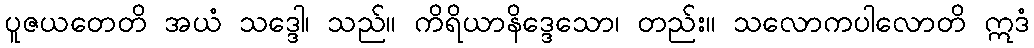
ပူဇယတေတိ အယံ သဒ္ဒေါ၊ သည်။ ကိရိယာနိဒ္ဒေသော၊ တည်း။ သလောကပါလောတိ ဣဒံ